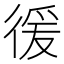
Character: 㣪